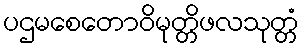
ပဌမစေတောဝိမုတ္တိဖလသုတ္တံ